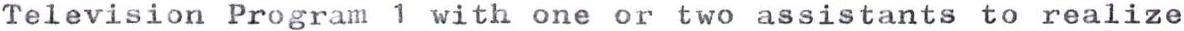
Television Program 1 with one or two assistants to realize